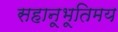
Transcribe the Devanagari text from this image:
सहानूभूतिमय